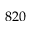
8 2 0